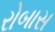
રોબાસ